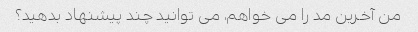
من آخرین مد را می خواهم، می توانید چند پیشنهاد بدهید؟